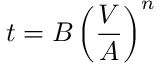
t = B \left( { \frac { V } { A } } \right) ^ { n }